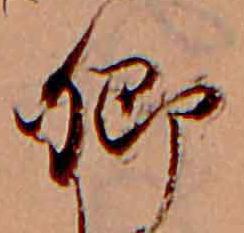
卿